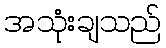
အသုံးချသည်